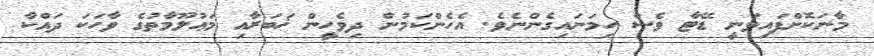
މާނަކޮށްފައިވަނީ ޑޭޓާ ވެސް ހިމަނައިގެންނެވެ. އެހެންކަމުން ދިވެހީން ޚަބަރާއި މަޢުލޫމާތުގެ ވާހަކަ ދައްކާ